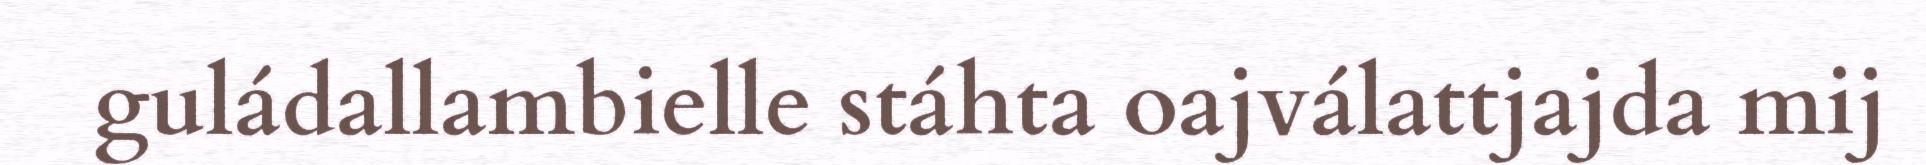
guládallambielle stáhta oajválattjajda mij